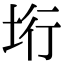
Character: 垳